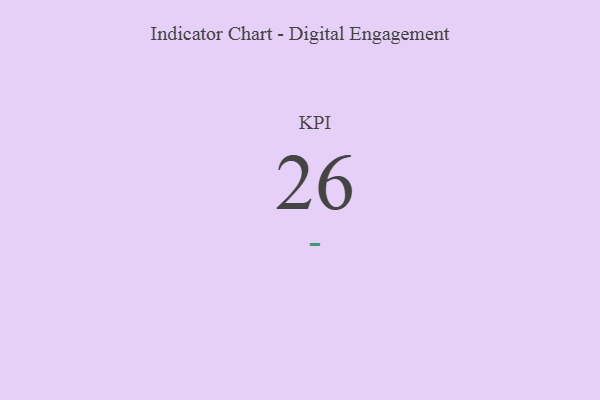
{"axis": {"x": "KPI", "y": "Value"}, "legend": [""], "data": [{"x": "KPI", "y": 26, "type": ""}]}